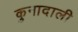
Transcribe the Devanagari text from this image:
कुनादाली